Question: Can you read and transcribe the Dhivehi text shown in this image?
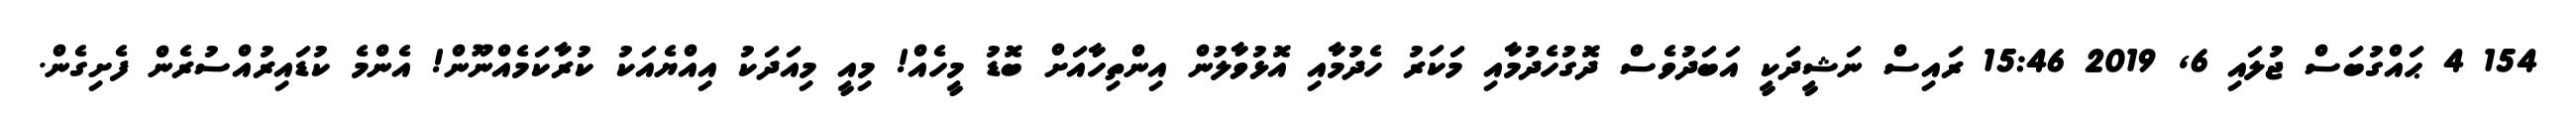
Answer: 154 4 ޙައްގުބަސް ޖުލައި 6, 2019 15:46 ރައިސް ނަޝީދަކީ އަބަދުވެސް ދޮގުހެދުމާއި މަކަރު ހެދުމާއި އޮޅުވާލުން އިންތިހާއަށް ބޮޑު މީހެއް! މިއީ މިއަދަކު އިއްޔެއަކު ކުރާކަމެއްނޫން! އެންމެ ކުޑައިރުއްސުރެން ފެށިގެން.